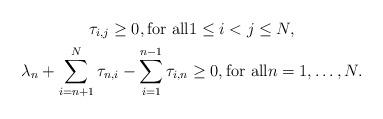
LaTeX: \begin{gather*}\tau_{i, j} \geq 0,\textrm{for all} 1\leq i < j\leq N,\\\lambda_n + \sum_{i=n+1}^N{\tau_{n, i}} - \sum_{i=1}^{n - 1}{\tau_{i, n}} \geq 0, \textrm{for all} n = 1, \dots, N.\end{gather*}